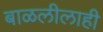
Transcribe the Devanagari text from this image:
बाळलीलाही